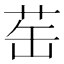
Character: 𬜪